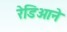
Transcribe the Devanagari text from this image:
रेडिओने